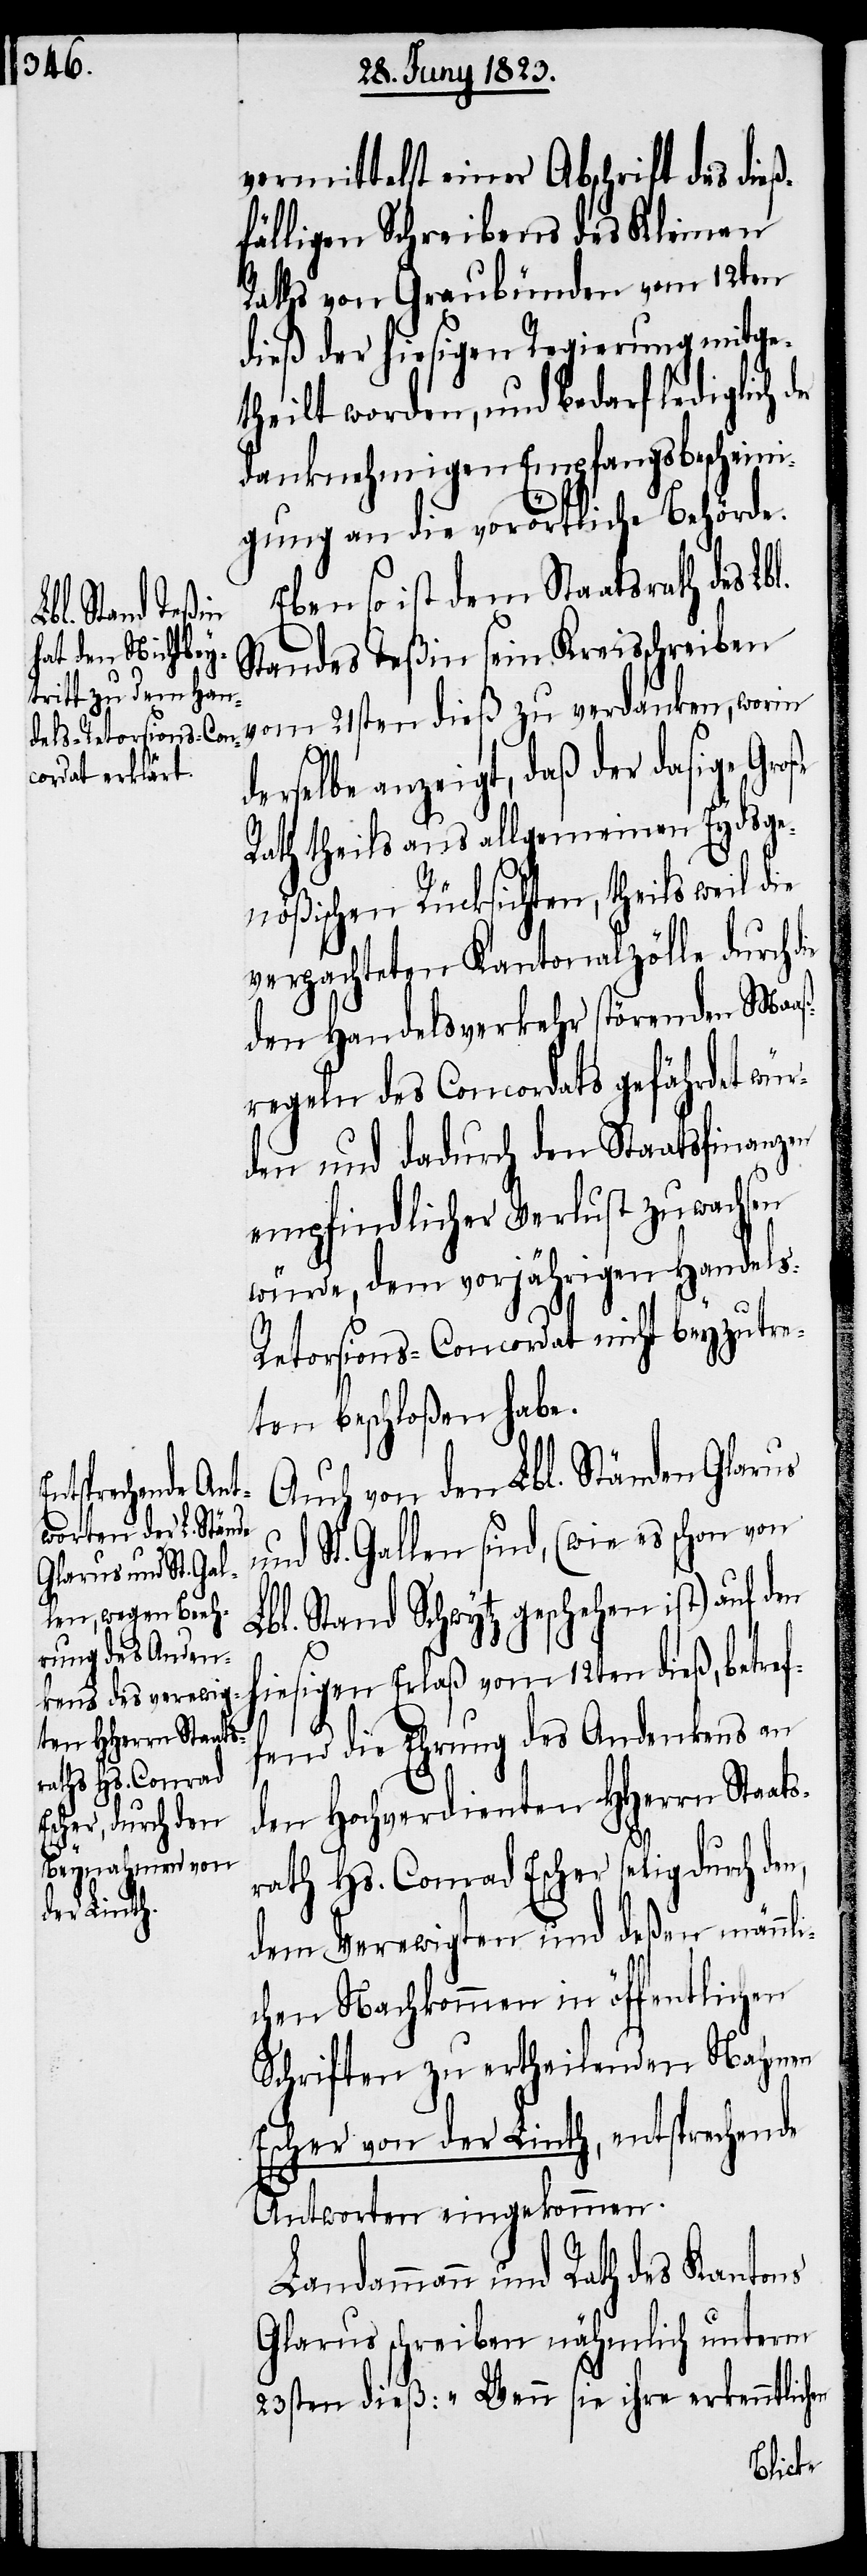
vermittelst einer Abschrift des dieß¬
fälligen Schreibens des Kleinen
Raths von Graubünden vom 12ten
dieß der hiesigen Regierung mitge¬
theilt worden, und bedarf lediglich
danknehmigen Empfangsbescheini¬
gung an die vorörtliche Behörde.
Eben so ist dem Staatsrath des
21sten dieß zu
Standes Teßin sein Kreisschreiben
e anzeigt, daß der dasige
Rath theils aus allgemeinen Eydsge¬
nößischen Rücksichten, theils weil die
verpachteten Kantonalzölle durch
den Handelsverkehr störenden Maaß¬
regeln des Concordats gefährdet wür¬
den und dadurch den Staatsfinanzen
empfindlicher Verlust zuwachsen
würde, dem vorjährigen Handels-R¬
etorsions-Concordat nicht beyzutre¬
ten beschloßen habe.
Auch von den Lbl. Ständen Glarus
worin derselb¬
und St. Gallen sind, (wie es schon von
Lbl. Stand Schwytz geschehen ist) auf den
hiesigen Erlaß vom 12ten dieß, betre¬
ffend die Ehrung des Andenkens an
den Hochverdienten HHerrn Staats¬
rath Hs. Conrad Escher selig durch den,
dem Verewigten und deßen männli¬
chen Nachkommen in öffentlichen
Schriften zu ertheilenden Nahmen
Escher von der Linth, entsprechende
Antworten eingekommen.
Landammann und Rath des Kantons
Glarus schreiben nähmlich unterm
23sten dieß: „Wenn sie ihre erkenntlich¬
en